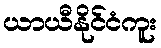
ယာယီနိုင်ငံကူး